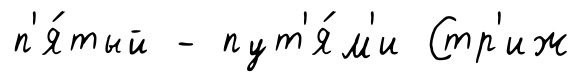
п'я́тый - пут'я́м'и Стр'иж